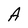
Character: A